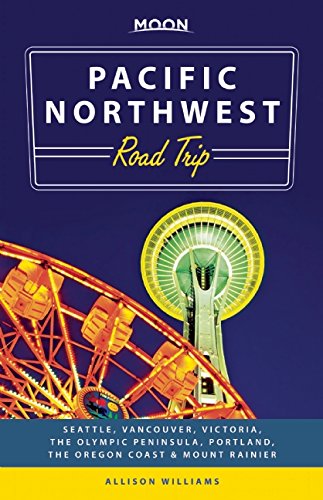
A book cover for Moon Pacific Northwest Road Trip: Seattle, Vancouver, Victoria, the Olympic Peninsula, Portland, the Oregon Coast & Mount Rainier (Moon Handbooks); Allison Williams; Travel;